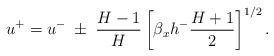
LaTeX: \begin{align*}u^+=u^- \; \pm \; \dfrac{H-1}{H} \left[\beta_x h^- \dfrac{H+1}{2}\right]^{1/2}.\end{align*}